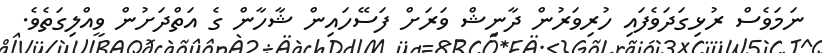
ނަމަވެސް ރުޅިގަދަވެފައި ހުރިވަރުން ދާނިޝް ވަރަށް ފަސޭހައިން ޝާހާން ގެ އަތްދަށުން ވީއްލިގަތެވެ.